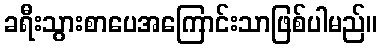
ခရီးသွားစာပေအကြောင်းသာဖြစ်ပါမည်။